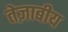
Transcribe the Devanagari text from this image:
तेज़ाबीय